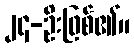
၂၄-ဦးဖြစ်၏။